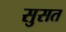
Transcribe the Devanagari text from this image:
सुसत